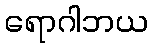
ရောဂါဘယ